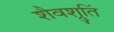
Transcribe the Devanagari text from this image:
शैवश्रुतिं